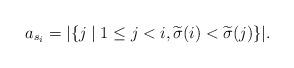
LaTeX: \begin{align*}a_{s_i} = |\lbrace j \mid 1 \le j < i, \widetilde{\sigma}(i) < \widetilde{\sigma}(j) \rbrace|.\end{align*}